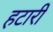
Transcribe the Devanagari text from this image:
हटारी